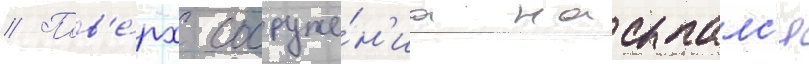
// Пов'е́рх сооруже́н'иа насыпалс'я